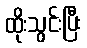
ထိုးသွင်းပြီး